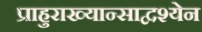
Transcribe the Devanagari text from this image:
प्राहुराख्यान्साद्वश्येन